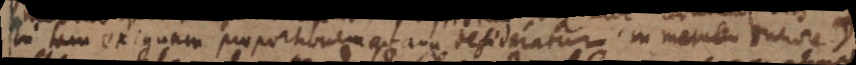
in tam exiguam proportionem quam desideratur in metallo duriore.